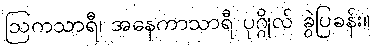
ဩကသာရီ၊ အနေကာသာရီ ပုဂ္ဂိုလ် ခွဲပြခန်း။